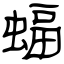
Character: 蝠